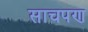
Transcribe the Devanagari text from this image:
साचपण